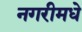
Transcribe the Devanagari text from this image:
नगरीमधे